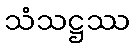
သံသဋ္ဌဿ